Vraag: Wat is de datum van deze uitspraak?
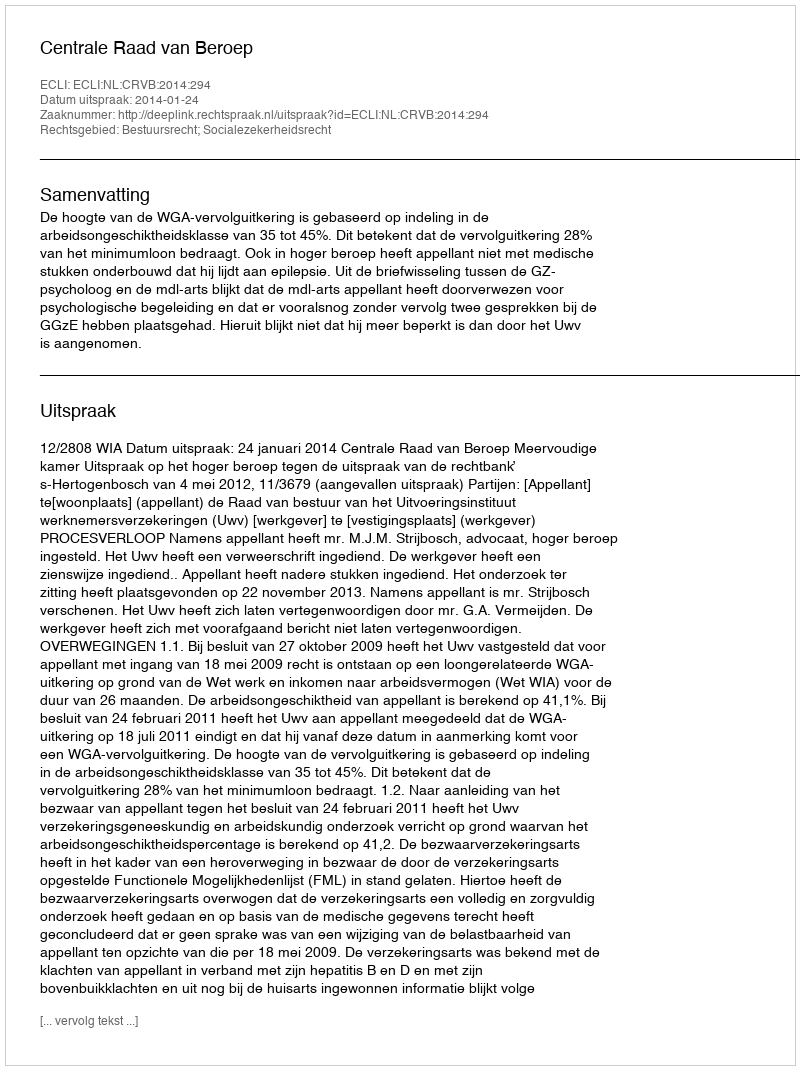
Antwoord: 2014-01-24